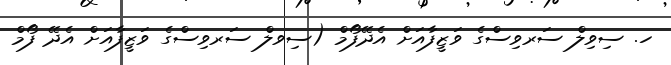
ހ. ސިވިލް ސަރވިސްގެ ވަޒީފާއަށް އެދޭފޯމް (ސިވލް ސަރވިސްގެ ވަޒީފާއަށް އެދޭ ފޯމް